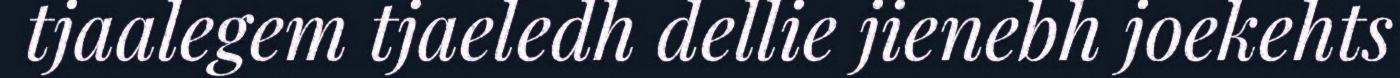
tjaalegem tjaeledh dellie jienebh joekehts